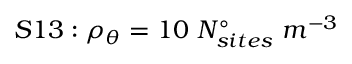
S 1 3 : \rho _ { \theta } = 1 0 \ N _ { s i t e s } ^ { \circ } \ m ^ { - 3 }